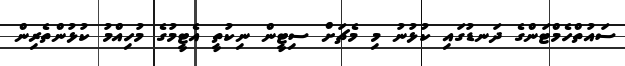
ސައުތްހެމްޓަންގެ ދަނޑުގައި ކުޅުނު މި މެޗަށް ސިޓީން ނިކުތީ އެޓީމުގެ މުހިއްމު ކުޅުންތެރިން